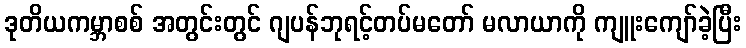
ဒုတိယကမ္ဘာစစ် အတွင်းတွင် ဂျပန်ဘုရင့်တပ်မတော် မလာယာကို ကျူးကျော်ခဲ့ပြီး